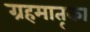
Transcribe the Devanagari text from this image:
ग्रहमातृका